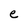
Character: e